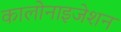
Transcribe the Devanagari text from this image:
कालोनाइजेशन